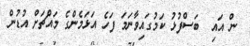
ން އައި  ބަސްފުޅު ކަމުގައިވާނަމަ ފަހެ އަޅަމެންގެ މައްޗަށް އުޑުން